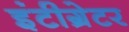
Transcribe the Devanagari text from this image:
इंटीग्रेटर